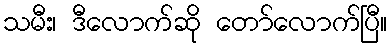
သမီး၊ ဒီလောက်ဆို တော်လောက်ပြီ။